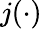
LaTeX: j(\cdot)